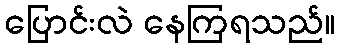
ပြောင်းလဲ နေကြရသည်။